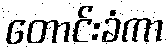
တောင်းခံကာ